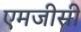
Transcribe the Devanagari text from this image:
एमजीसी